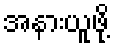
အနားယူဖို့